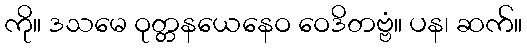
ကို။ ဒသမေ ဝုတ္တနယေနေဝ ဝေဒိတဗ္ဗံ။ ပန၊ ဆက်။